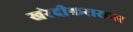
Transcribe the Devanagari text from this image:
खरेदीकरारावर